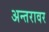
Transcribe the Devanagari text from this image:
अन्तरावर